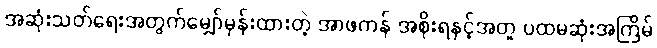
အဆုံးသတ်ရေးအတွက်မျှော်မှန်းထားတဲ့ အာဖကန် အစိုးရနှင့်အတူ ပထမဆုံးအကြိမ်